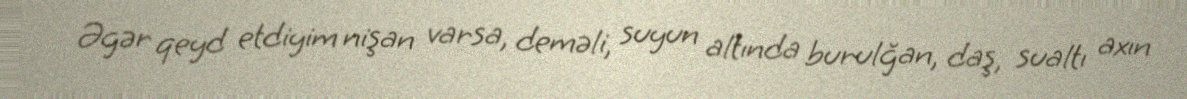
Əgər qeyd etdiyim nişan varsa, deməli, suyun altında burulğan, daş, sualtı axın